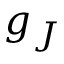
g _ { J }